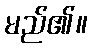
မည်၏။